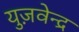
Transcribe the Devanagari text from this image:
युज़वेन्द्र